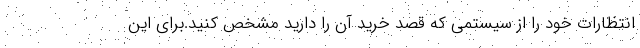
انتظارات خود را از سیستمی که قصد خرید آن را دارید مشخص کنید.برای این